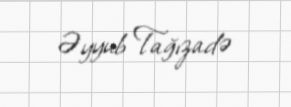
Əyyub Tağızadə